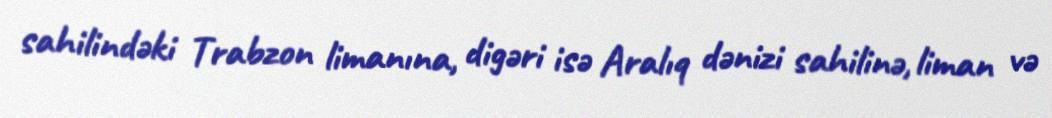
sahilindəki Trabzon limanına, digəri isə Aralıq dənizi sahilinə, liman və